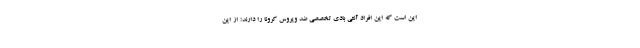
این است که این افراد آنتی بادی تخصصی ضد ویروس کرونا را دارند؛ از این